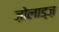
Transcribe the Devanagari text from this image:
ज़ोलाड्ज़